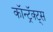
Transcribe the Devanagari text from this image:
कॉन्ट्रॅक्ट्स